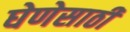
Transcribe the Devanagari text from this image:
घेणेसाठी